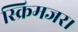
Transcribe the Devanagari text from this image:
स्क्रिमजर।